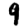
Digit: 9